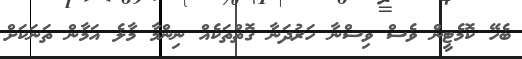
ބެހޭ ކޮމެޓީން ވެސް ވިސްނާ ހަރުދަނާ ގޮތްތަކެއް ނިންމާ މާލެ އަމާން ތަނަކަށް